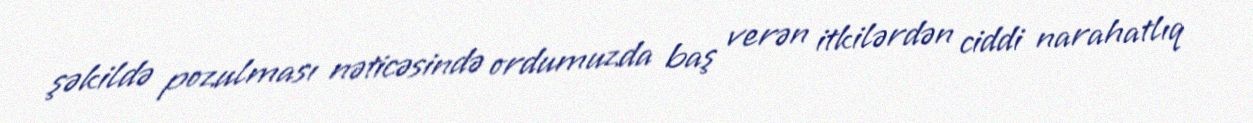
şəkildə pozulması nəticəsində ordumuzda baş verən itkilərdən ciddi narahatlıq